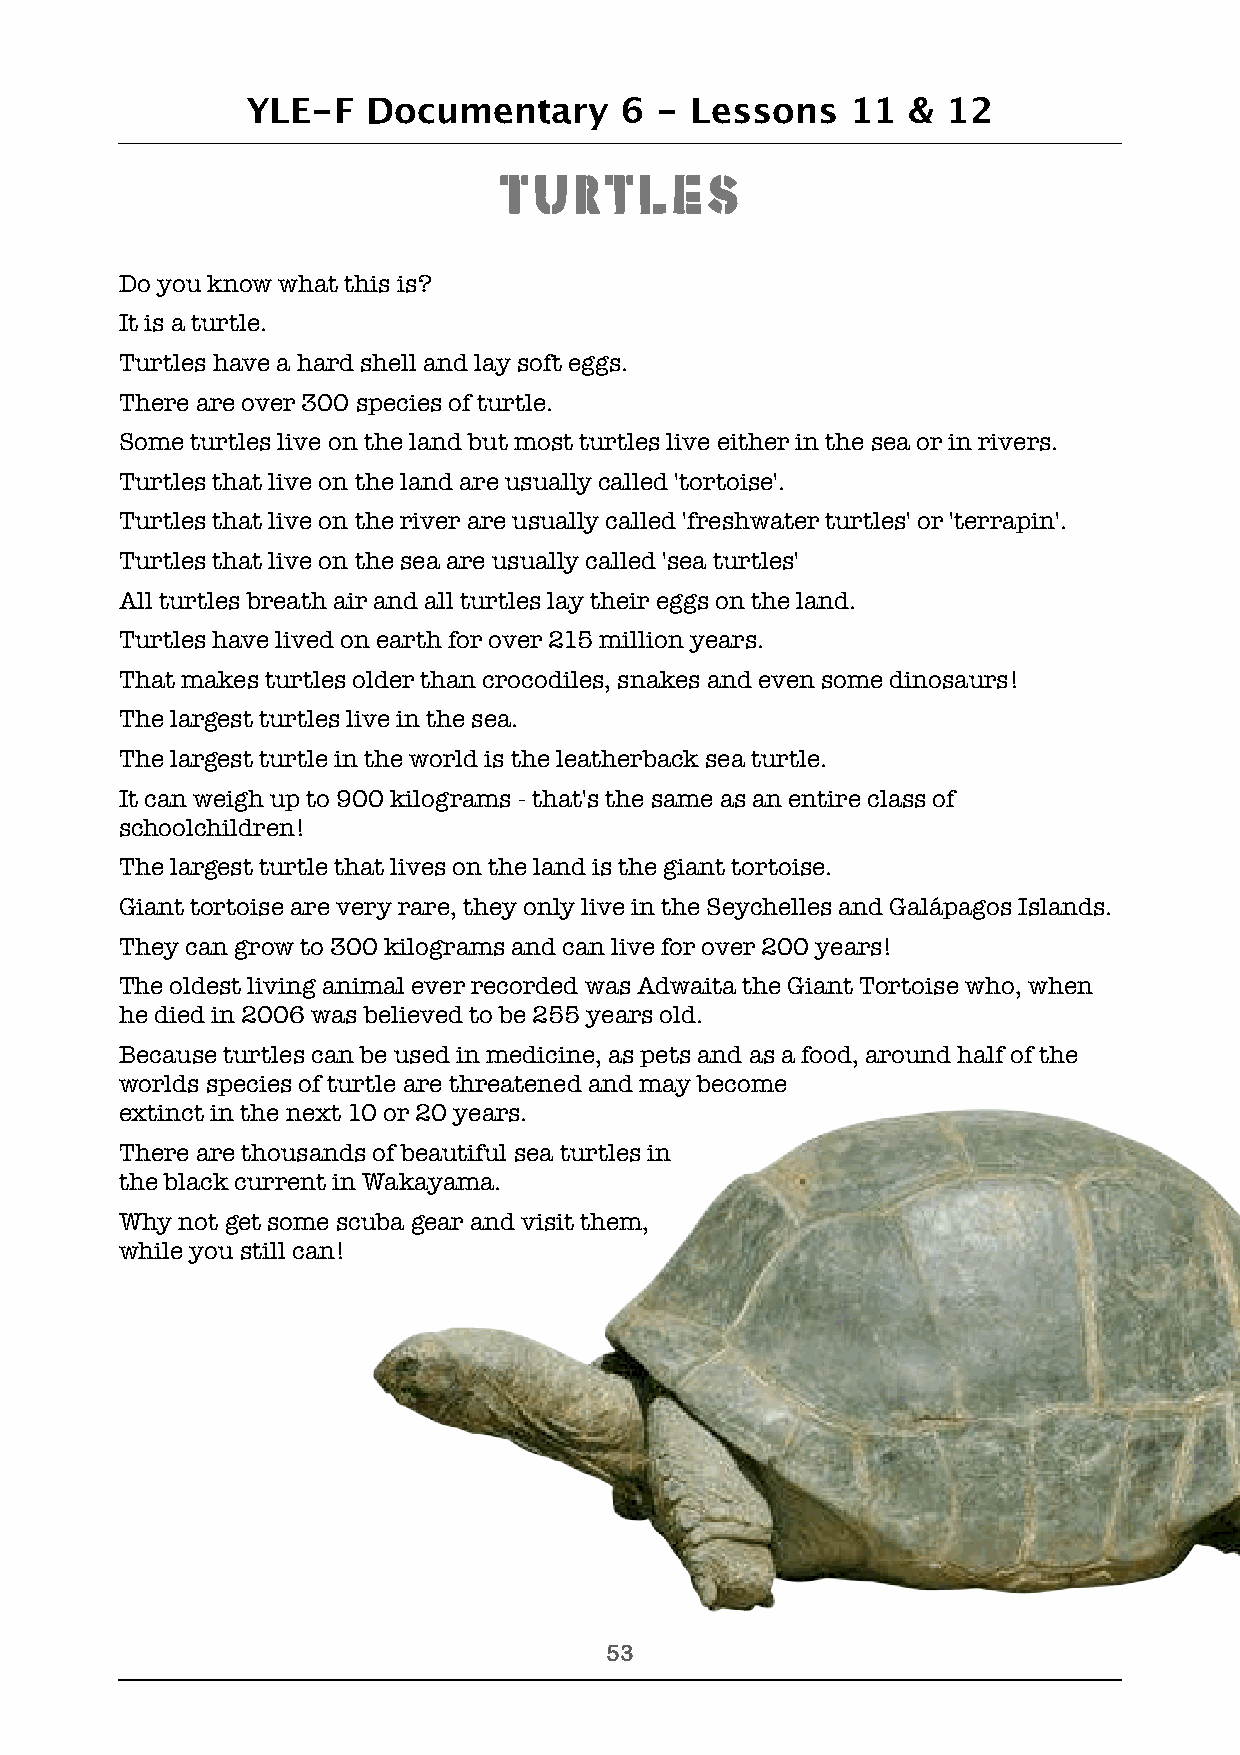
YLE-F   Documentary      6 -  Lessons   11  &  12
 Turtles
 Do you know what this is?
 It is a turtle.
 Turtles have a hard shell and lay soft eggs.
 There are over 300 species of turtle.
 Some turtles live on the land but most turtles live either in the sea or in rivers.
 Turtles that live on the land are usually called 'tortoise'.
 Turtles that live on the river are usually called 'freshwater turtles' or 'terrapin'.
 Turtles that live on the sea are usually called 'sea turtles'
 All turtles breath air and all turtles lay their eggs on the land.
 Turtles have lived on earth for over 215 million years.
 That makes turtles older than crocodiles, snakes and even some dinosaurs!
 The largest turtles live in the sea.
 The largest turtle in the world is the leatherback sea turtle.
 It can weigh up to 900 kilograms - that's the same as an entire class of
 schoolchildren!
 The largest turtle that lives on the land is the giant tortoise.
 Giant tortoise are very rare, they only live in the Seychelles and Galápagos Islands.
 They can grow to 300 kilograms and can live for over 200 years!
 The oldest living animal ever recorded was Adwaita the Giant Tortoise who, when
 he died in 2006 was believed to be 255 years old.
 Because turtles can be used in medicine, as pets and as a food, around half of the
 worlds species of turtle are threatened and may become
 extinct in the next 10 or 20 years.
 There are thousands of beautiful sea turtles in
 the black current in Wakayama.
 Why not get some scuba gear and visit them,
 while you still can!
 !53